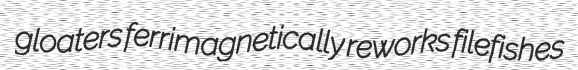
gloaters ferrimagnetically reworks filefishes